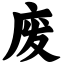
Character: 废